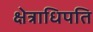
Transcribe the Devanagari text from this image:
क्षेत्राधिपति